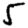
Digit: 5